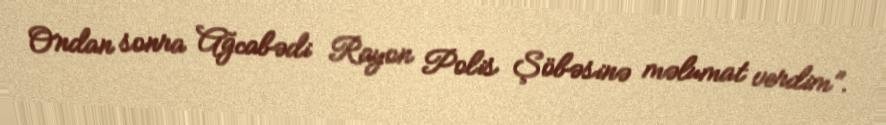
Ondan sonra Ağcabədi Rayon Polis Şöbəsinə məlumat verdim”.